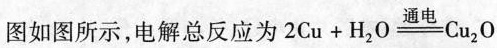
图如图所示，电解总反应为2 \mathrm{Cu}+\mathrm{H}_{2} \mathrm{O} \stackrel{\text { 通电 }}{=} \mathrm{Cu}_{2} \mathrm{O}